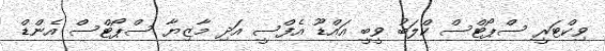
ވިކްޓަރީ ސްޕޯޓްސް ކްލަބު ވީބީ އައްޑޫ އެފްސީ އަދި މާޒިޔާ ސްޕޯޓްސް އެންޑް